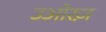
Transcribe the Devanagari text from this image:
उओरज़